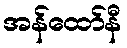
အန်ထော်နီ